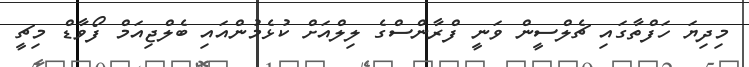
މިދިޔަ ހަފްތާގައި ޗެލްސީން ވަނީ ފްރާންސްގެ ލިލްއަށް ކުޅެމުންއައި ބެލްޖިއަމް ފޯވާޑް މިޗީ